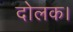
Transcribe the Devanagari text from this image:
दोलक।